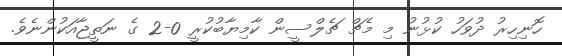
ހޮނިހިރު ދުވަހު ކުޅުނު މި މެޗް ޗެލްސީން ކާމިޔާބުކުރީ 0-2 ގެ ނަތީޖާއަކުންނެވެ.